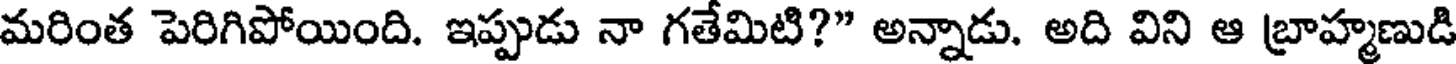
మరింత పెరిగిపోయింది. ఇప్పుడు నా గతేమిటి?" అన్నాడు. అది విని ఆ బ్రాహ్మణుడి